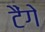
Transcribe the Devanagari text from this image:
टैंगे